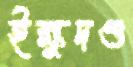
ইক্ষুদণ্ড